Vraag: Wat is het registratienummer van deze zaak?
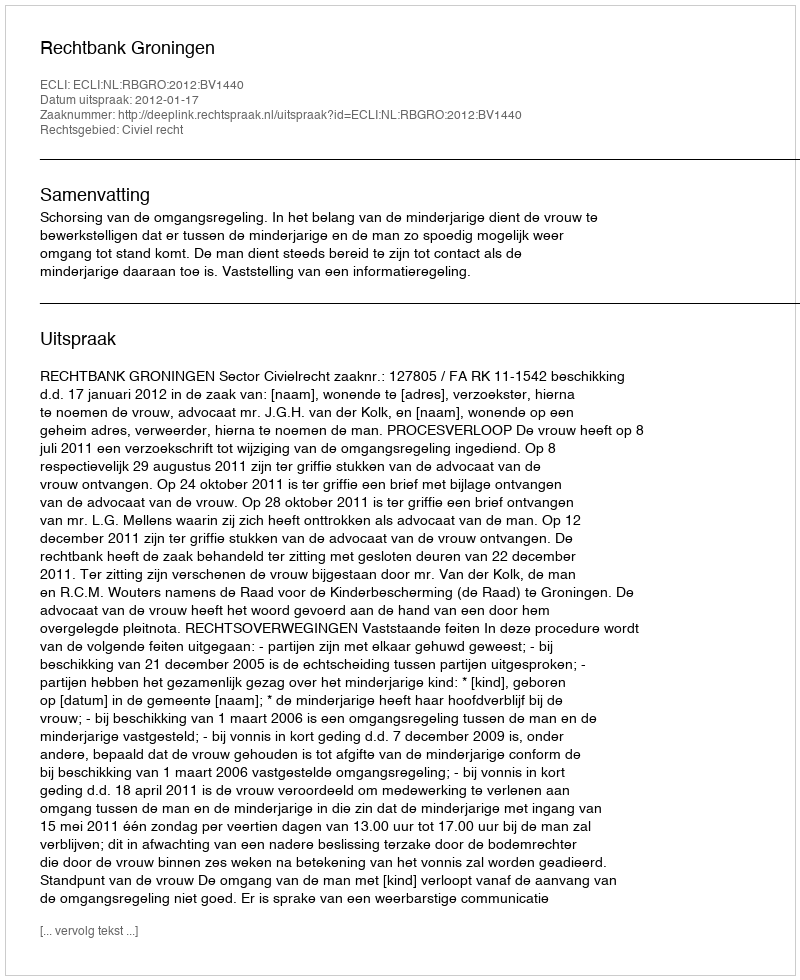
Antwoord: http://deeplink.rechtspraak.nl/uitspraak?id=ECLI:NL:RBGRO:2012:BV1440